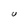
Character: U